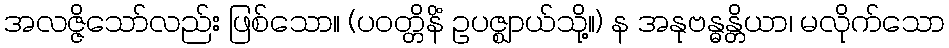
အလဇ္ဇိသော်လည်း ဖြစ်သော။ (ပဝတ္တိနိံ ဥပဇ္ဈာယ်သို့။) န အနုဗန္ဓန္တိယာ၊ မလိုက်သော